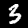
Label: 3